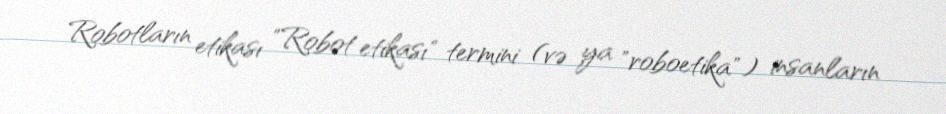
Robotların etikası "Robot etikası" termini (və ya "roboetika") insanların